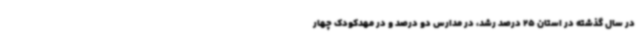
در سال گذشته در استان 25 درصد رشد، در مدارس دو درصد و در مهدکودک چهار